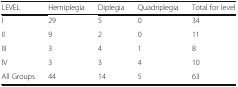
| LEVEL | Hemiplegia | Diplegia | Quadriplegia | Total for level |
 | --- | --- | --- | --- | --- |
 | I | 29 | 5 | 0 | 34 |
 | II | 9 | 2 | 0 | 11 |
 | III | 3 | 4 | 1 | 8 |
 | IV | 3 | 3 | 4 | 10 |
 | All Groups | 44 | 14 | 5 | 63 |